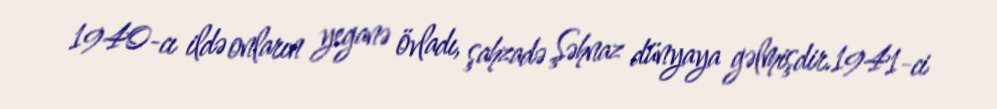
1940-cı ildə onların yeganə övladı, şahzadə Şəhnaz dünyaya gəlmişdir.1941-ci